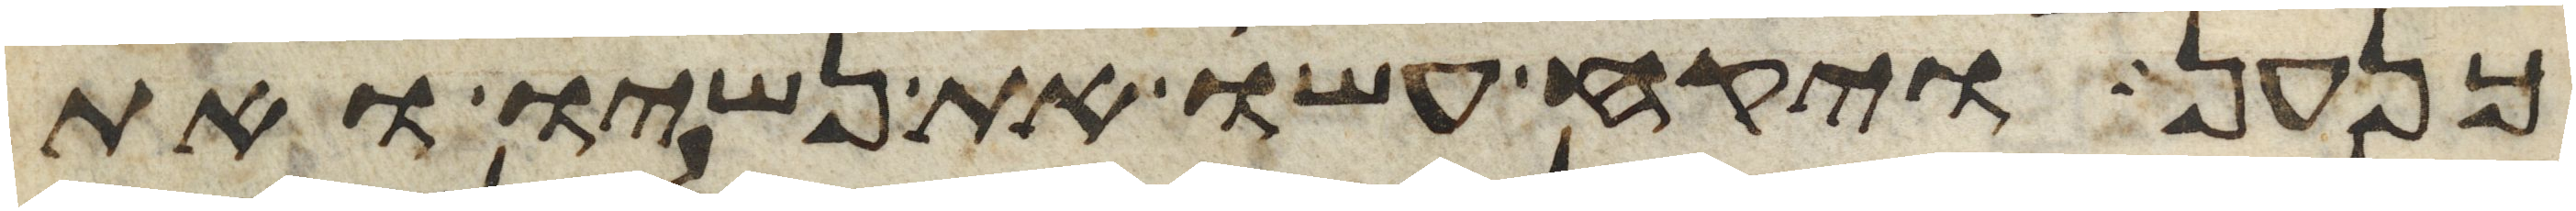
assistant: כנען ויקח עשו את נשיו ואת